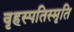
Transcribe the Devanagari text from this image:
वृहस्पतिस्मृति